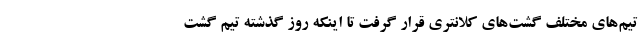
تیم‌های مختلف گشت‌های کلانتری قرار گرفت تا اینکه روز گذشته تیم گشت